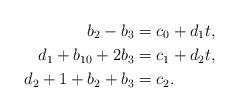
LaTeX: \begin{align*} b_2 - b_3 &= c_0 + d_1 t, \\ d_1 + b_{10} + 2 b_3 &= c_1 + d_2 t, \\ d_2 + 1 + b_2 + b_3 &= c_2.\end{align*}